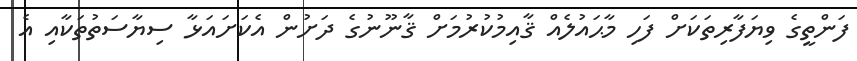
ފަންތީގެ ވިޔަފާރިތަކަށް ފަހި މާޙައުލެއް ޤާއިމުކުރުމަށް ޤާނޫނުގެ ދަށުން އެކަށައަޅާ ސިޔާސަތުތަކާއި އެ